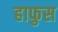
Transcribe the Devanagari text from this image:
हाफुस